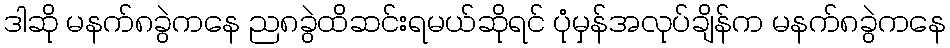
ဒါဆို မနက်၈ခွဲကနေ ည၈ခွဲထိဆင်းရမယ်ဆိုရင် ပုံမှန်အလုပ်ချိန်က မနက်၈ခွဲကနေ